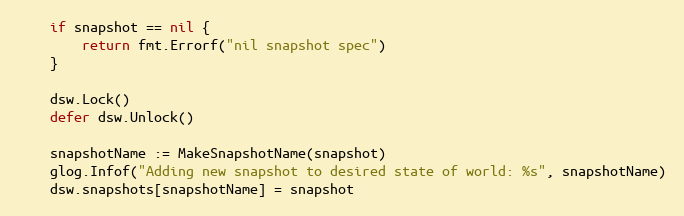
Language: Go
	if snapshot == nil {
		return fmt.Errorf("nil snapshot spec")
	}

	dsw.Lock()
	defer dsw.Unlock()

	snapshotName := MakeSnapshotName(snapshot)
	glog.Infof("Adding new snapshot to desired state of world: %s", snapshotName)
	dsw.snapshots[snapshotName] = snapshot